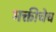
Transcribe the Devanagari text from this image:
भक्तीचेच